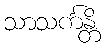
သာသင်္ကန္တိ